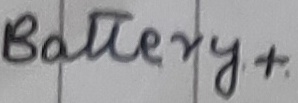
Text: Battery+